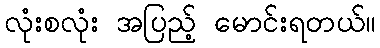
လုံးစလုံး အပြည့် မောင်းရတယ်။